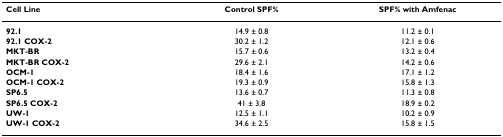
<table><thead><tr><td><b>Cell Line</b></td><td><b>Control SPF%</b></td><td><b>SPF% with Amfenac</b></td></tr></thead><tbody><tr><td><b>92.1</b></td><td>14.9 ± 0.8</td><td>11.2 ± 0.1</td></tr><tr><td><b>92.1 COX-2</b></td><td>30.2 ± 1.2</td><td>12.1 ± 0.6</td></tr><tr><td><b>MKT-BR</b></td><td>15.7 ± 0.6</td><td>13.2 ± 0.4</td></tr><tr><td><b>MKT-BR COX-2</b></td><td>29.6 ± 2.1</td><td>14.2 ± 0.6</td></tr><tr><td><b>OCM-1</b></td><td>18.4 ± 1.6</td><td>17.1 ± 1.2</td></tr><tr><td><b>OCM-1 COX-2</b></td><td>19.3 ± 0.9</td><td>15.8 ± 1.3</td></tr><tr><td><b>SP6.5</b></td><td>13.6 ± 0.7</td><td>11.3 ± 0.8</td></tr><tr><td><b>SP6.5 COX-2</b></td><td>41 ± 3.8</td><td>18.9 ± 0.2</td></tr><tr><td><b>UW-1</b></td><td>12.5 ± 1.1</td><td>10.2 ± 0.9</td></tr><tr><td><b>UW-1 COX-2</b></td><td>34.6 ± 2.5</td><td>15.8 ± 1.5</td></tr></tbody></table>